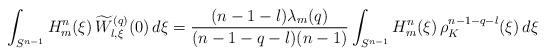
LaTeX: \begin{align*}\int_{S^{n-1}} H_m^n(\xi)\, \widetilde{W}_{l,\xi}^{(q)}(0) \, d\xi = \frac{ (n-1-l) \lambda_m(q) }{ ( n-1-q-l )(n-1) } \int_{S^{n-1}} H_m^n(\xi)\, \rho_K^{ n-1-q-l }(\xi)\, d\xi \end{align*}